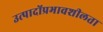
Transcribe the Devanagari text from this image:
उत्पादोंप्रभावशीलता